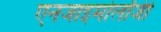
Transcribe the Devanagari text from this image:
एनजाइमोलॉजी